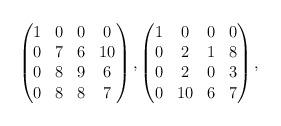
LaTeX: \begin{align*}\begin{pmatrix}1&0&0&0\\0&7&6&10\\0&8&9&6\\0&8&8&7\end{pmatrix}, \begin{pmatrix}1&0&0&0\\0&2&1&8\\0&2&0&3\\0&10&6&7\end{pmatrix},\end{align*}